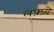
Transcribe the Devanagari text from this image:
लफ़्जो